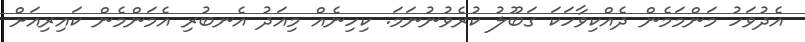
އެދުވަހު މަންމަމެން ދެއްކިވާހަކަ ގަބޫލު ކުރެވުނުނަަމަ. ކިހިނެއް މިއަދު އެނބުރި އެމަންމެން ކައިރިއަށް